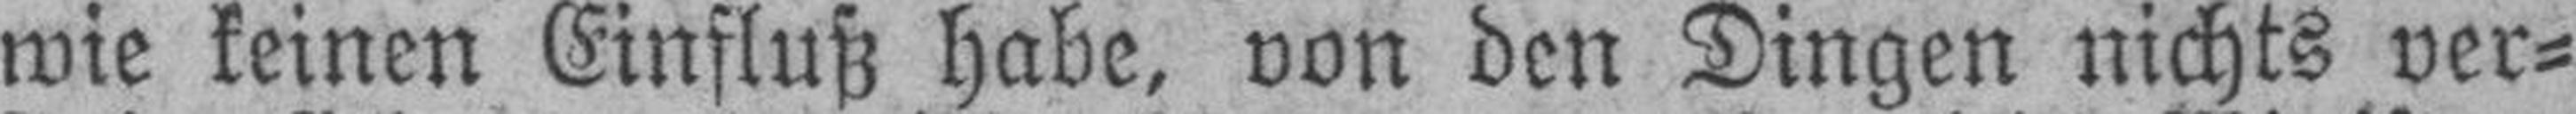
wie keinen Einfluß habe, von den Dingen nichts ver¬